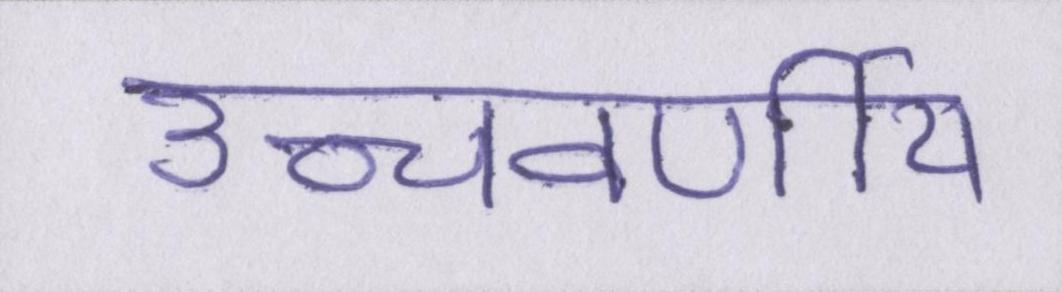
उच्चवर्णीय